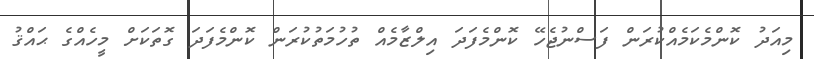
މިއަދު ކޮންމެކަމެއްކުރަން ފަސްނުޖެހޭ ކޮންމެފަދަ އިލްޒާމެއް ތުހުމަތުކުރަން ކޮންމެފަދަ ގޮތަކަށް މީހެއްގެ ޙައްޤު